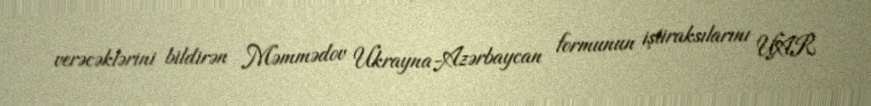
verəcəklərini bildirən Məmmədov Ukrayna-Azərbaycan formunun iştiraksılarını UAR